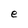
Character: e